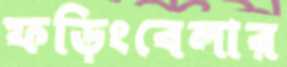
ফড়িংবেলার